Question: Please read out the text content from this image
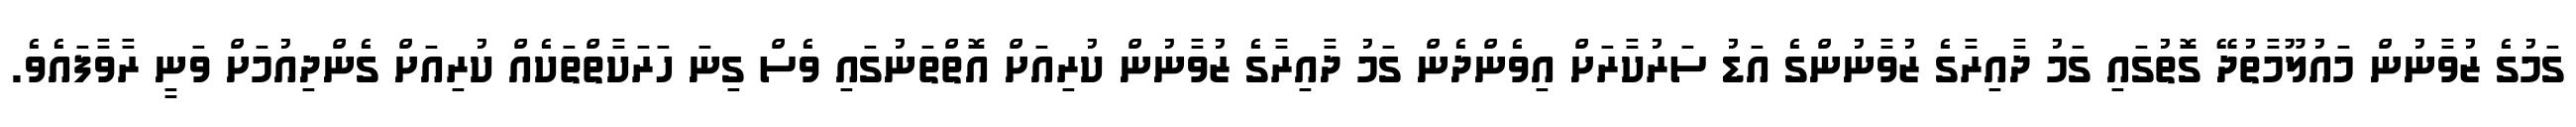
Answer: ގަމުގެ ޒުވާނުން މައުލޫމާތުދޭ ގޮތުގައި ގަމު ދާއިރާގެ ޒުވާނުންގެ އަޑު ސަރުކާރަށް އިވެންދެން ގަމު ދާއިރާގެ ޒުވާނުން ކުރިއަށް އޮތްތަނުގައި ވެސް ގިނަ ހަރަކާތްތަކެއް ކުރިއަށް ގެންދިއުމަށް ވަނީ ރާވާފައެވެ.